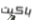
باكيت